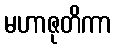
မဟာဇုတိကာ